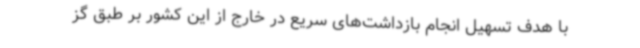
با هدف تسهیل انجام بازداشت‌های سریع در خارج از این کشور بر طبق گز